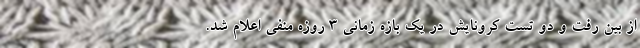
از بین رفت و دو تست کرونایش در یک بازه زمانی ۳ روزه منفی اعلام شد.